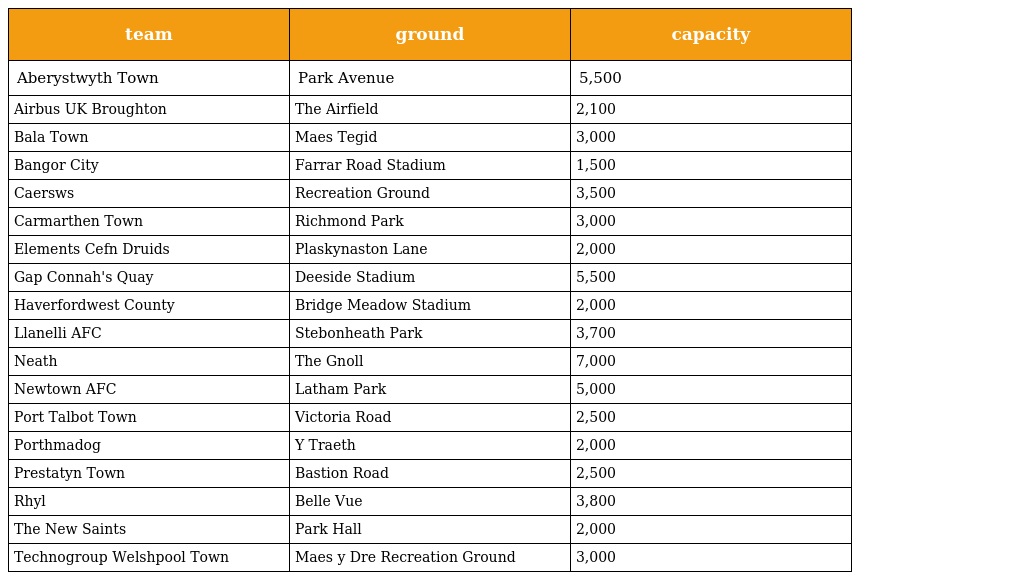
| team | ground | capacity |
 | --- | --- | --- |
 | Aberystwyth Town | Park Avenue | 5,500 |
 | Airbus UK Broughton | The Airfield | 2,100 |
 | Bala Town | Maes Tegid | 3,000 |
 | Bangor City | Farrar Road Stadium | 1,500 |
 | Caersws | Recreation Ground | 3,500 |
 | Carmarthen Town | Richmond Park | 3,000 |
 | Elements Cefn Druids | Plaskynaston Lane | 2,000 |
 | Gap Connah's Quay | Deeside Stadium | 5,500 |
 | Haverfordwest County | Bridge Meadow Stadium | 2,000 |
 | Llanelli AFC | Stebonheath Park | 3,700 |
 | Neath | The Gnoll | 7,000 |
 | Newtown AFC | Latham Park | 5,000 |
 | Port Talbot Town | Victoria Road | 2,500 |
 | Porthmadog | Y Traeth | 2,000 |
 | Prestatyn Town | Bastion Road | 2,500 |
 | Rhyl | Belle Vue | 3,800 |
 | The New Saints | Park Hall | 2,000 |
 | Technogroup Welshpool Town | Maes y Dre Recreation Ground | 3,000 |